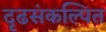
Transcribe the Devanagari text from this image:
दृढसंकल्पित